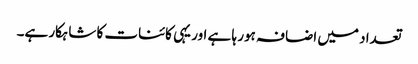
تعداد میں اضافہ ہور ہا ہے اور یہی کائنات کا شاہکار ہے۔